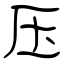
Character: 压